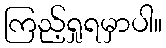
ကြည့်ရှုရမှာပါ။